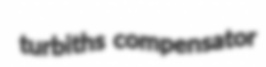
turbiths compensator